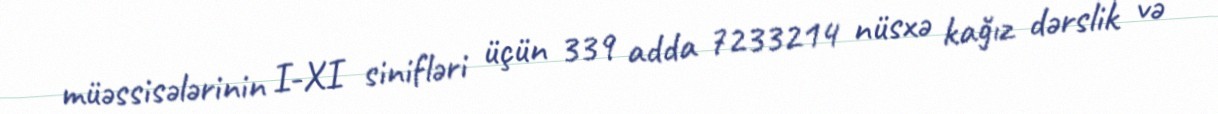
müəssisələrinin I-XI sinifləri üçün 339 adda 7233214 nüsxə kağız dərslik və